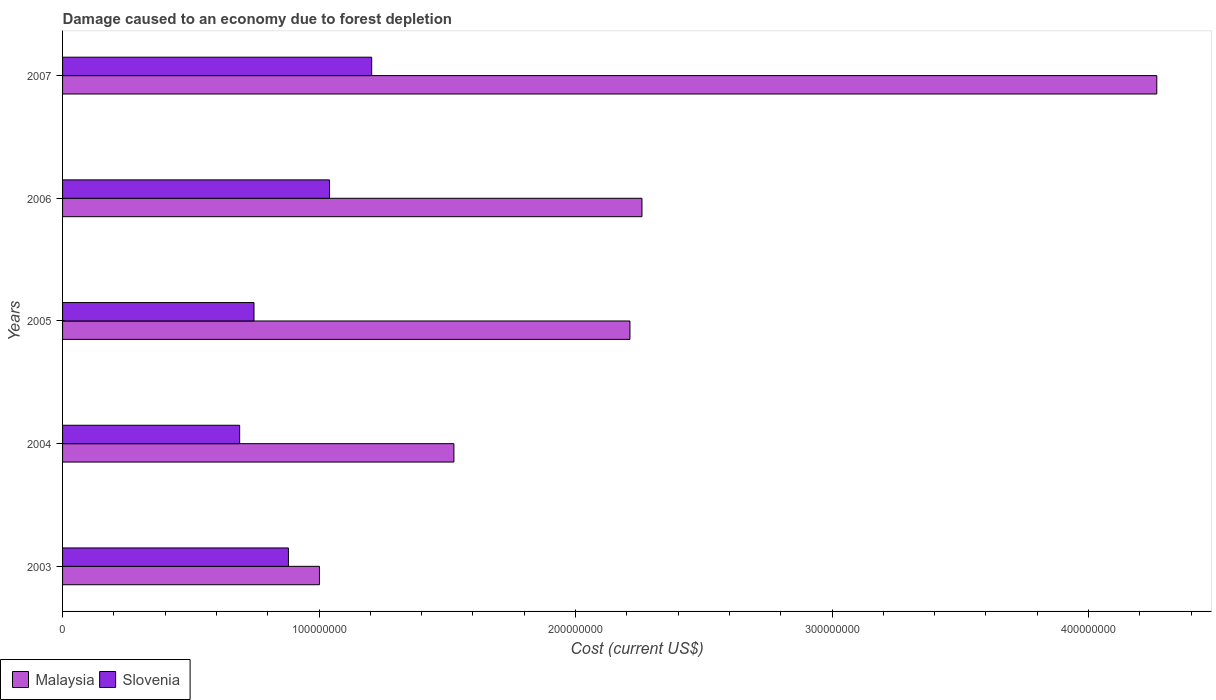
| Years | Malaysia | Slovenia |
 | --- | --- | --- |
 | 2003 | 1e+08 | 8.81e+07 |
 | 2004 | 1.53e+08 | 6.9e+07 |
 | 2005 | 2.21e+08 | 7.46e+07 |
 | 2006 | 2.26e+08 | 1.04e+08 |
 | 2007 | 4.27e+08 | 1.21e+08 |